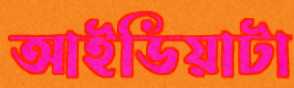
আইডিয়াটা